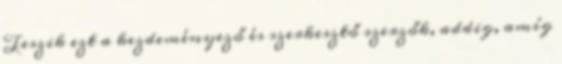
Teszik ezt a kezdeményező és szerkesztő szerzők, addig, amíg